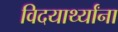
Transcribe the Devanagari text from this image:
विदयार्थ्यांना